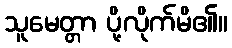
သူမေတ္တာ ပို့လိုက်မိ၏။